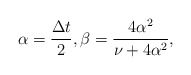
\begin{align*}\alpha=\frac{\Delta t}{2},\beta = \frac{4\alpha^2}{\nu+4\alpha^2},\end{align*}